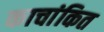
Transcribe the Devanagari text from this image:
काचांकित